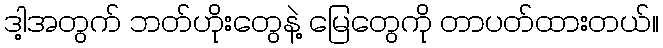
ဒါ့အတွက် ဘတ်ဟိုးတွေနဲ့ မြေတွေကို တာပတ်ထားတယ်။